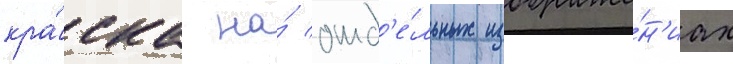
кра́ска на́ отд'е́льных изображе́н'иах